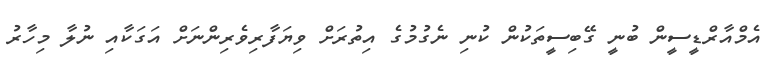
އެމްއާރްޑީސީން ބުނީ ގޭބިސީތަކުން ކުނި ނެގުމުގެ އިތުރަށް ވިޔަފާރިވެރިންނަށް އަގަކާއި ނުލާ މިހާރު